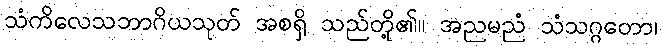
သံကိလေသဘာဂိယသုတ် အစရှိ သည်တို့၏။ အညမညံ သံသဂ္ဂတော၊